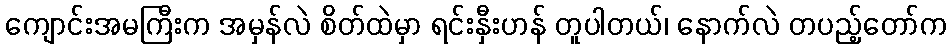
ကျောင်းအမကြီးက အမှန်လဲ စိတ်ထဲမှာ ရင်းနှီးဟန် တူပါတယ်၊ နောက်လဲ တပည့်တော်က